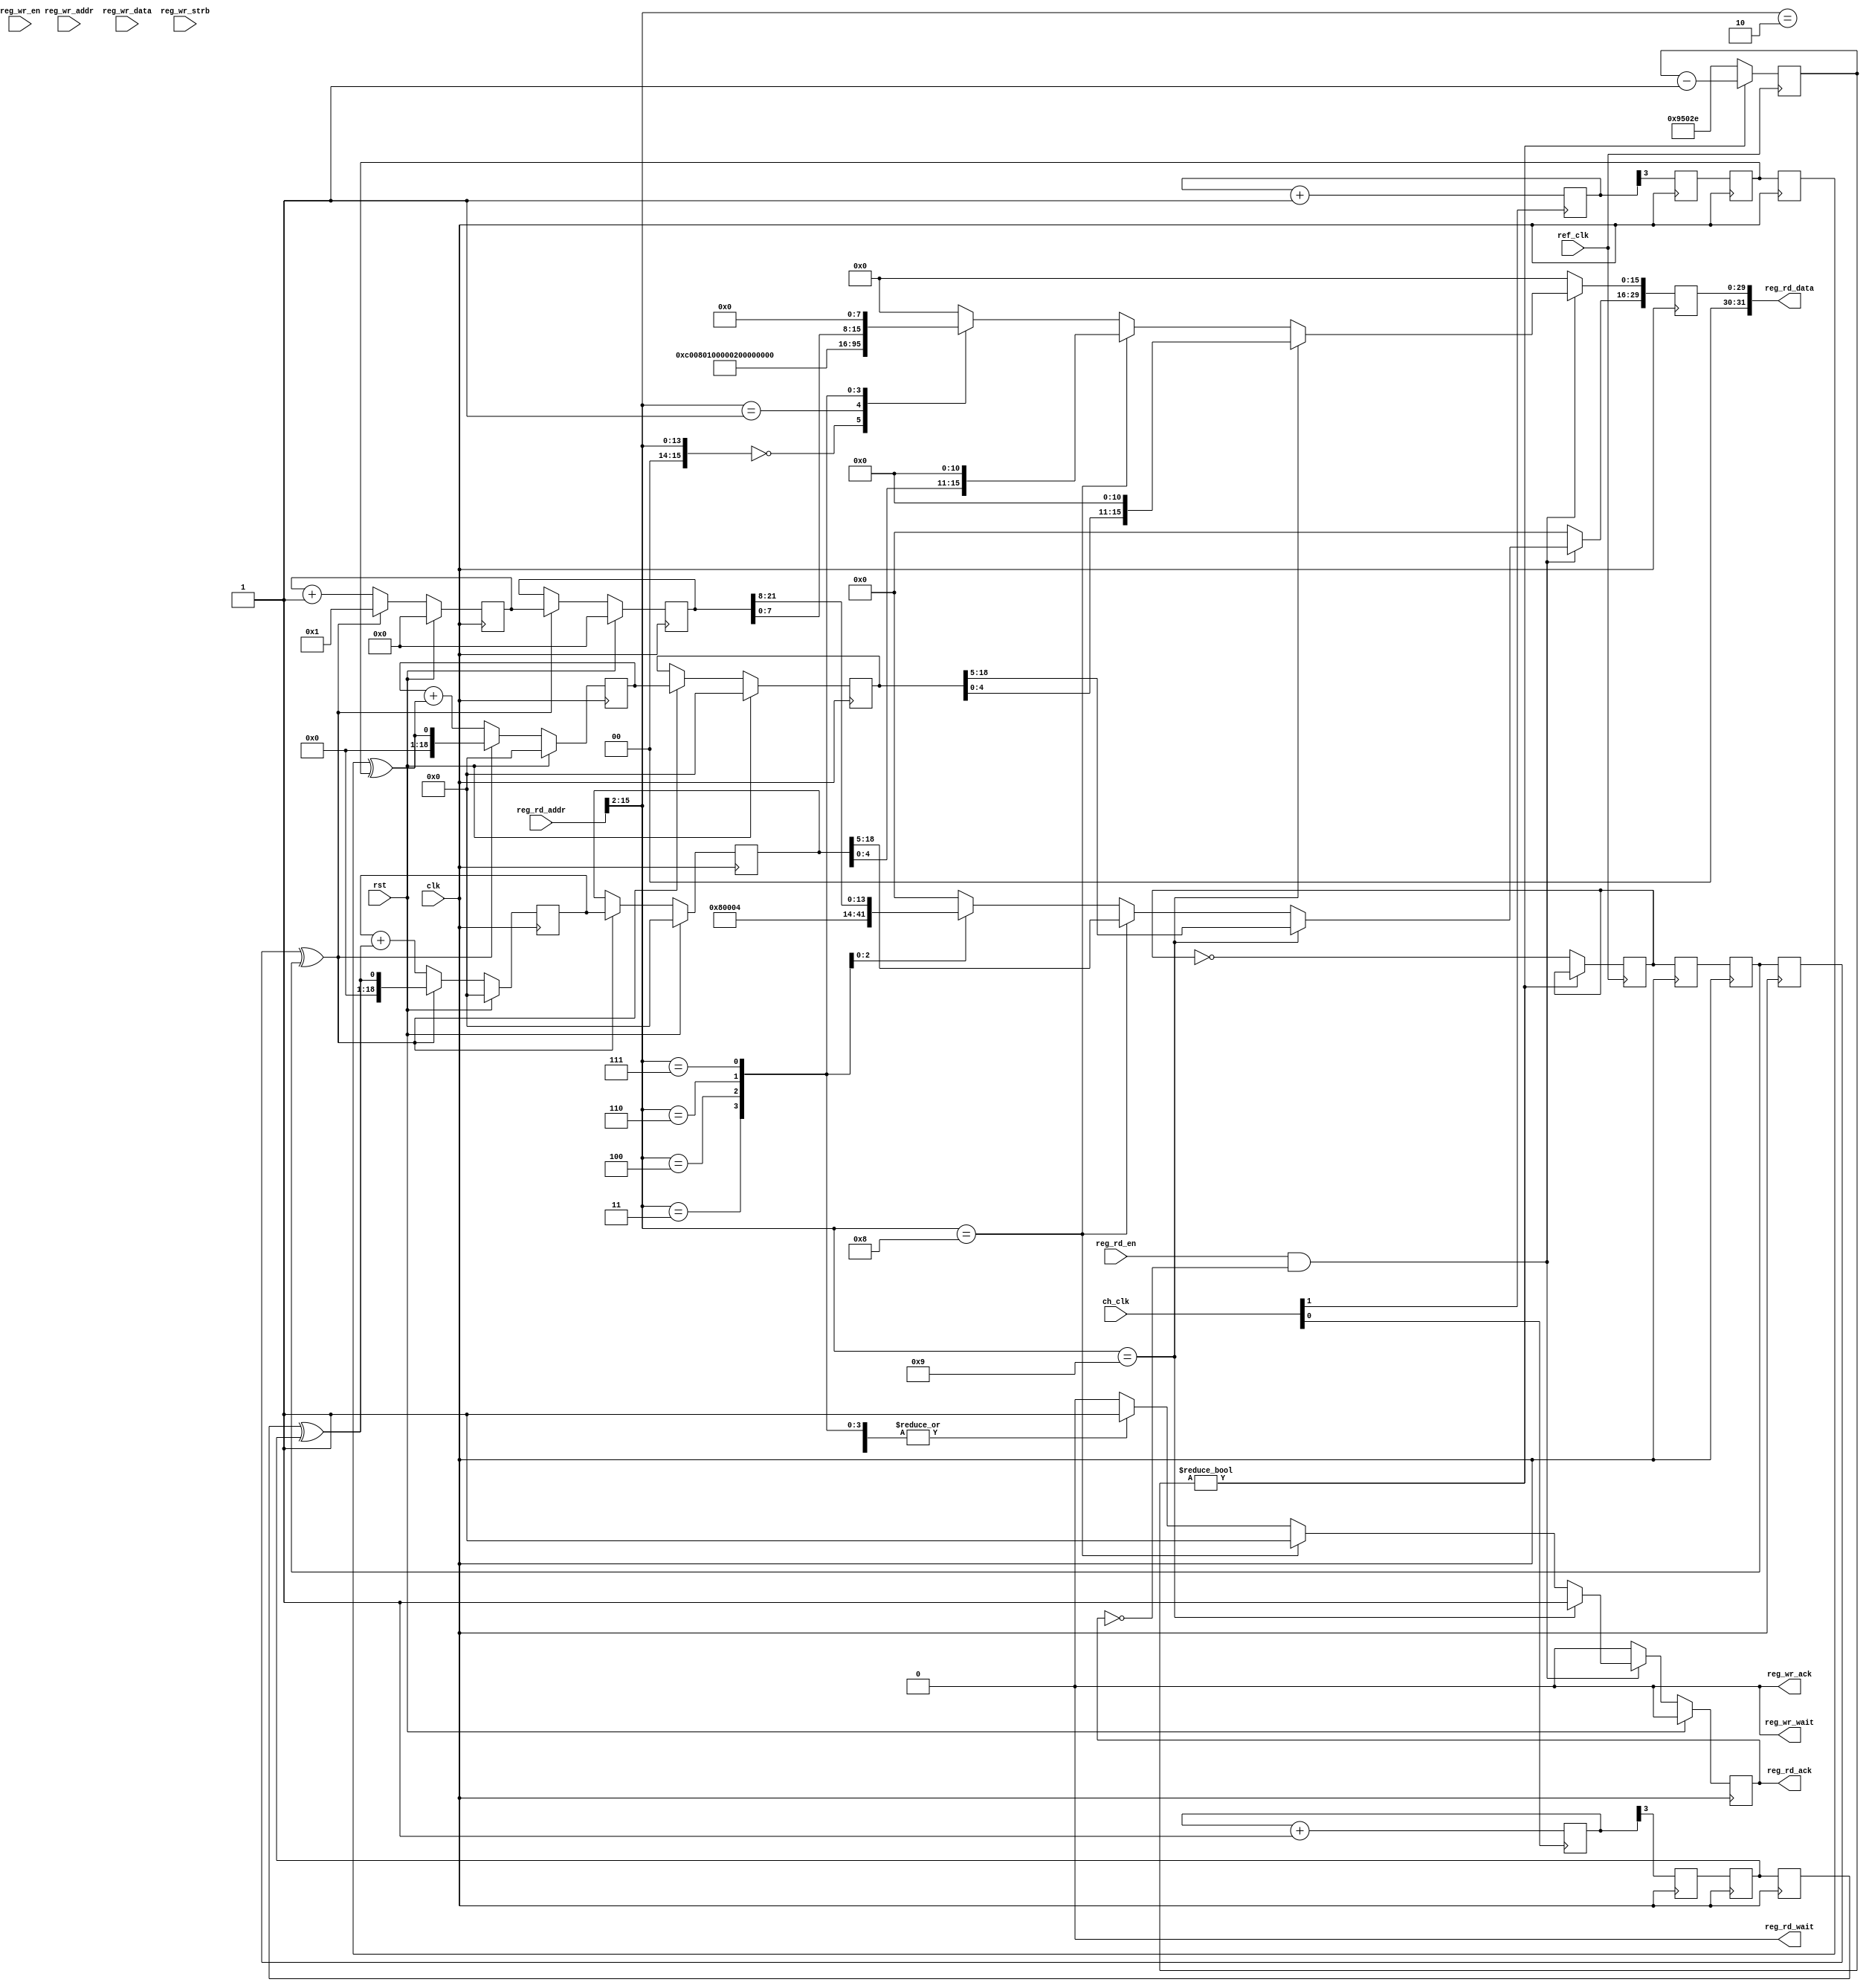
// SPDX-License-Identifier: BSD-2-Clause-Views
/*
 * Copyright (c) 2022-2023 The Regents of the University of California
 */

// Language: Verilog 2001

`resetall
`timescale 1ns / 1ps
`default_nettype none

/*
 * Clock info register block
 */
module mqnic_rb_clk_info #
(
    parameter CLK_PERIOD_NS_NUM = 4,
    parameter CLK_PERIOD_NS_DENOM = 1,
    parameter REF_CLK_PERIOD_NS_NUM = 32,
    parameter REF_CLK_PERIOD_NS_DENOM = 5,
    parameter CH_CNT = 2,
    parameter REG_ADDR_WIDTH = 16,
    parameter REG_DATA_WIDTH = 32,
    parameter REG_STRB_WIDTH = (REG_DATA_WIDTH/8),
    parameter RB_TYPE = 32'h0000C008,
    parameter RB_BASE_ADDR = 0,
    parameter RB_NEXT_PTR = 0
)
(
    input  wire                       clk,
    input  wire                       rst,

    /*
     * Register interface
     */
    input  wire [REG_ADDR_WIDTH-1:0]  reg_wr_addr,
    input  wire [REG_DATA_WIDTH-1:0]  reg_wr_data,
    input  wire [REG_STRB_WIDTH-1:0]  reg_wr_strb,
    input  wire                       reg_wr_en,
    output wire                       reg_wr_wait,
    output wire                       reg_wr_ack,
    input  wire [REG_ADDR_WIDTH-1:0]  reg_rd_addr,
    input  wire                       reg_rd_en,
    output wire [REG_DATA_WIDTH-1:0]  reg_rd_data,
    output wire                       reg_rd_wait,
    output wire                       reg_rd_ack,

    /*
     * Clock inputs
     */
    input  wire                       ref_clk,

    input  wire [CH_CNT-1:0]          ch_clk
);

localparam SHIFT = 8;
localparam RESOLUTION = 30;

localparam REF_CLK_CYCLES_PER_SEC = (64'd1_000_000_000*REF_CLK_PERIOD_NS_DENOM)/REF_CLK_PERIOD_NS_NUM;
localparam REF_CNT_WIDTH = $clog2(REF_CLK_CYCLES_PER_SEC >> SHIFT);

localparam CH_PRESCALE_WIDTH = 3;
localparam CNT_WIDTH = RESOLUTION-SHIFT;
localparam CH_CNT_WIDTH = CNT_WIDTH-CH_PRESCALE_WIDTH;

localparam RBB = RB_BASE_ADDR & {REG_ADDR_WIDTH{1'b1}};

// check configuration
initial begin
    if (REG_DATA_WIDTH != 32) begin
        $error("Error: Register interface width must be 32 (instance %m)");
        $finish;
    end

    if (REG_STRB_WIDTH * 8 != REG_DATA_WIDTH) begin
        $error("Error: Register interface requires byte (8-bit) granularity (instance %m)");
        $finish;
    end

    if (REG_ADDR_WIDTH < 5) begin
        $error("Error: Register address width too narrow (instance %m)");
        $finish;
    end

    if (REG_ADDR_WIDTH < $clog2(32 + CH_CNT*4)) begin
        $error("Error: Register address width too narrow (instance %m)");
        $finish;
    end

    if (RB_NEXT_PTR && RB_NEXT_PTR >= RB_BASE_ADDR && RB_NEXT_PTR < RB_BASE_ADDR + 32 + CH_CNT*4) begin
        $error("Error: RB_NEXT_PTR overlaps block (instance %m)");
        $finish;
    end
end

// generate periodic strobe from ref clock for measurement period
reg [REF_CNT_WIDTH-1:0] ref_cnt_reg = 0;
reg ref_strb_reg = 0;

always @(posedge ref_clk) begin
    if (ref_cnt_reg) begin
        ref_cnt_reg <= ref_cnt_reg - 1;
    end else begin
        ref_cnt_reg <= (REF_CLK_CYCLES_PER_SEC >> SHIFT) - 1;
        ref_strb_reg <= !ref_strb_reg;
    end
end

reg ref_strb_sync_1_reg = 0;
reg ref_strb_sync_2_reg = 0;
reg ref_strb_sync_3_reg = 0;

always @(posedge clk) begin
    ref_strb_sync_1_reg <= ref_strb_reg;
    ref_strb_sync_2_reg <= ref_strb_sync_1_reg;
    ref_strb_sync_3_reg <= ref_strb_sync_2_reg;
end

// divide and sync each input clock
wire [CH_CNT-1:0] ch_flag;

generate

genvar ch;

for (ch = 0; ch < CH_CNT; ch = ch + 1) begin : channel

    reg [CH_PRESCALE_WIDTH+1-1:0] ch_prescale_reg = 0;

    always @(posedge ch_clk[ch]) begin
        ch_prescale_reg <= ch_prescale_reg + 1;
    end

    reg ch_flag_sync_1_reg = 0;
    reg ch_flag_sync_2_reg = 0;
    reg ch_flag_sync_3_reg = 0;

    always @(posedge clk) begin
        ch_flag_sync_1_reg <= ch_prescale_reg[CH_PRESCALE_WIDTH];
        ch_flag_sync_2_reg <= ch_flag_sync_1_reg;
        ch_flag_sync_3_reg <= ch_flag_sync_2_reg;
    end

    assign ch_flag[ch] = ch_flag_sync_3_reg ^ ch_flag_sync_2_reg;
end

endgenerate

// control registers
reg [REG_DATA_WIDTH-1:0] reg_rd_data_reg = 0;
reg reg_rd_ack_reg = 1'b0;

reg [CNT_WIDTH-1:0] clk_acc_reg = 0;
reg [CNT_WIDTH-1:0] clk_cnt_reg = 0;

reg [CH_CNT_WIDTH-1:0] ch_acc_reg[0:CH_CNT-1];
reg [CH_CNT_WIDTH-1:0] ch_cnt_reg[0:CH_CNT-1];

wire [CH_CNT_WIDTH-1:0] ch_acc_reg_0 = ch_acc_reg[0];
wire [CH_CNT_WIDTH-1:0] ch_cnt_reg_0 = ch_cnt_reg[0];

assign reg_wr_wait = 1'b0;
assign reg_wr_ack = 1'b0;
assign reg_rd_data = reg_rd_data_reg;
assign reg_rd_wait = 1'b0;
assign reg_rd_ack = reg_rd_ack_reg;

integer k;

initial begin
    for (k = 0; k < CH_CNT; k = k + 1) begin
        ch_acc_reg[k] = 0;
        ch_cnt_reg[k] = 0;
    end
end

always @(posedge clk) begin
    reg_rd_data_reg <= 0;
    reg_rd_ack_reg <= 1'b0;

    if (ref_strb_sync_3_reg ^ ref_strb_sync_2_reg) begin
        clk_acc_reg <= 1;
        clk_cnt_reg <= clk_acc_reg;
    end else begin
        clk_acc_reg <= clk_acc_reg + 1;
    end

    for (k = 0; k < CH_CNT; k = k + 1) begin
        if (ref_strb_sync_3_reg ^ ref_strb_sync_2_reg) begin
            ch_acc_reg[k] <= ch_flag[k];
            ch_cnt_reg[k] <= ch_acc_reg[k];
        end else begin
            ch_acc_reg[k] <= ch_acc_reg[k] + ch_flag[k];
        end
    end

    if (reg_rd_en && !reg_rd_ack_reg) begin
        // read operation
        reg_rd_ack_reg <= 1'b1;
        case ({reg_rd_addr >> 2, 2'b00})
            RBB+5'h00: reg_rd_data_reg <= RB_TYPE;       // Type
            RBB+5'h04: reg_rd_data_reg <= 32'h00000100;  // Version
            RBB+5'h08: reg_rd_data_reg <= RB_NEXT_PTR;   // Next header
            RBB+5'h0C: reg_rd_data_reg <= CH_CNT;
            RBB+5'h10: begin
                reg_rd_data_reg[31:16] <= REF_CLK_PERIOD_NS_NUM;
                reg_rd_data_reg[15:0] <= REF_CLK_PERIOD_NS_DENOM;
            end
            RBB+5'h18: begin
                reg_rd_data_reg[31:16] <= CLK_PERIOD_NS_NUM;
                reg_rd_data_reg[15:0] <= CLK_PERIOD_NS_DENOM;
            end
            RBB+5'h1C: reg_rd_data_reg <= clk_cnt_reg << SHIFT;
            default: reg_rd_ack_reg <= 1'b0;
        endcase
        for (k = 0; k < CH_CNT; k = k + 1) begin
            if ({reg_rd_addr >> 2, 2'b00} == RBB+7'h20 + k*4) begin
                reg_rd_data_reg <= ch_cnt_reg[k] << (SHIFT+CH_PRESCALE_WIDTH);
                reg_rd_ack_reg <= 1'b1;
            end
        end
    end

    if (rst) begin
        reg_rd_ack_reg <= 1'b0;

        clk_acc_reg <= 0;
        clk_cnt_reg <= 0;

        for (k = 0; k < CH_CNT; k = k + 1) begin
            ch_acc_reg[k] <= 0;
            ch_cnt_reg[k] <= 0;
        end
    end
end

endmodule

`resetall